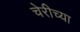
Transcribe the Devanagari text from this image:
चेरीच्या